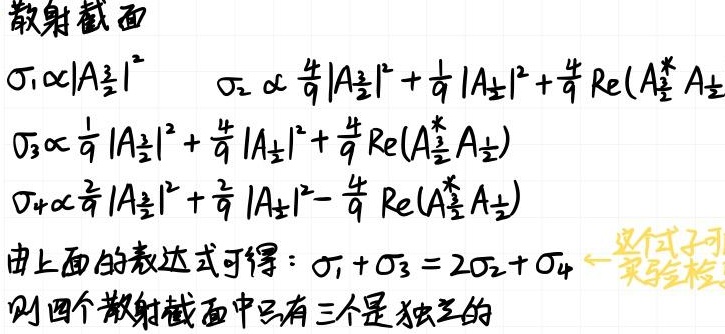
散射截面\(\sigma_1\propto|A_{\frac{1}{2}}|^{2}\)，\(\sigma_2\propto \frac{4}{9}|A_{\frac{1}{2}}|^{2}+\frac{1}{9}|A_{\pm\frac{1}{2}}|^{2}+\frac{4}{9}\text{Re}(A_{\frac{1}{2}}^{*}A_{\pm\frac{1}{2}})\)，\(\sigma_3\propto \frac{1}{9}|A_{\frac{1}{2}}|^{2}+\frac{4}{9}|A_{\pm\frac{1}{2}}|^{2}+\frac{4}{9}\text{Re}(A_{\frac{1}{2}}^{*}A_{\pm\frac{1}{2}})\)，\(\sigma_4\propto \frac{2}{9}|A_{\frac{1}{2}}|^{2}+\frac{2}{9}|A_{\pm\frac{1}{2}}|^{2}-\frac{4}{9}\text{Re}(A_{\frac{1}{2}}^{*}A_{\pm\frac{1}{2}})\)。

由上面的表达式可得：\(\sigma_1+\sigma_3 = 2\sigma_2+\sigma_4\) （这个式子可实验检验）。

则四个散射截面中只有三个是独立的。